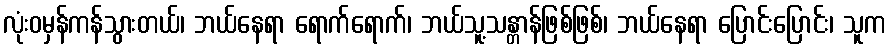
လုံးဝမှန်ကန်သွားတယ်၊ ဘယ်နေရာ ရောက်ရောက်၊ ဘယ်သူ့သန္တာန်ဖြစ်ဖြစ်၊ ဘယ်နေရာ ပြောင်းပြောင်း၊ သူက